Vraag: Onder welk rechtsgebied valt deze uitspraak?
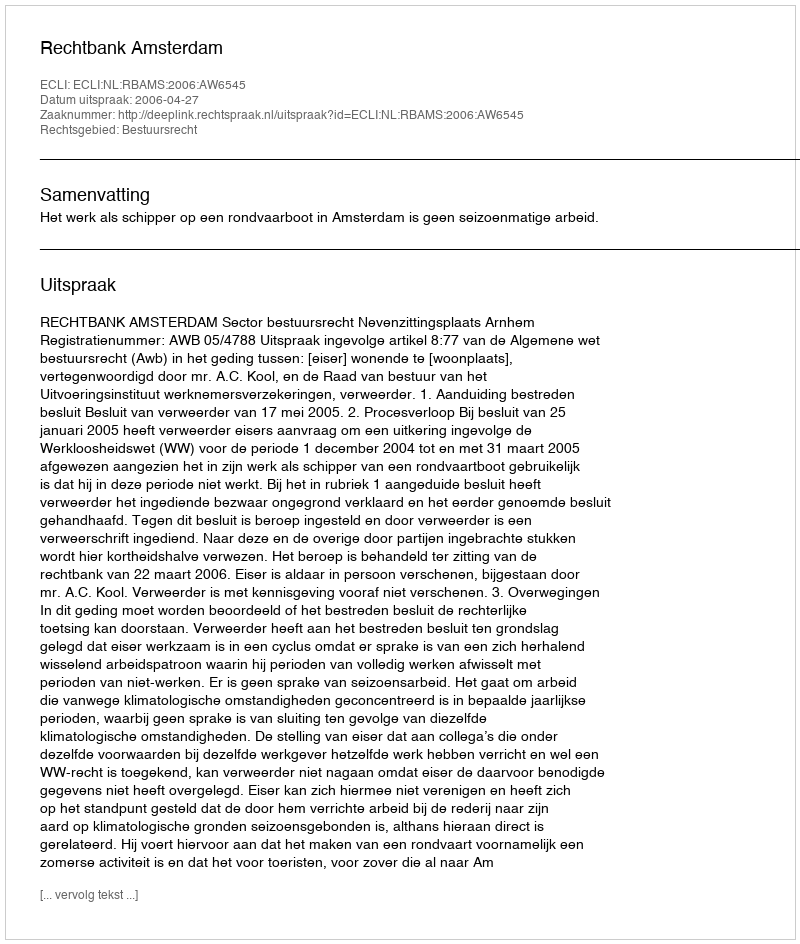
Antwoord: Bestuursrecht